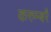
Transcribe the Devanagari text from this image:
करुम्बरै